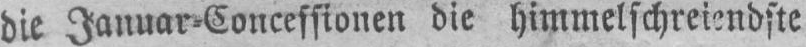
die Januar⸗Concessionen die himmelschreiendste